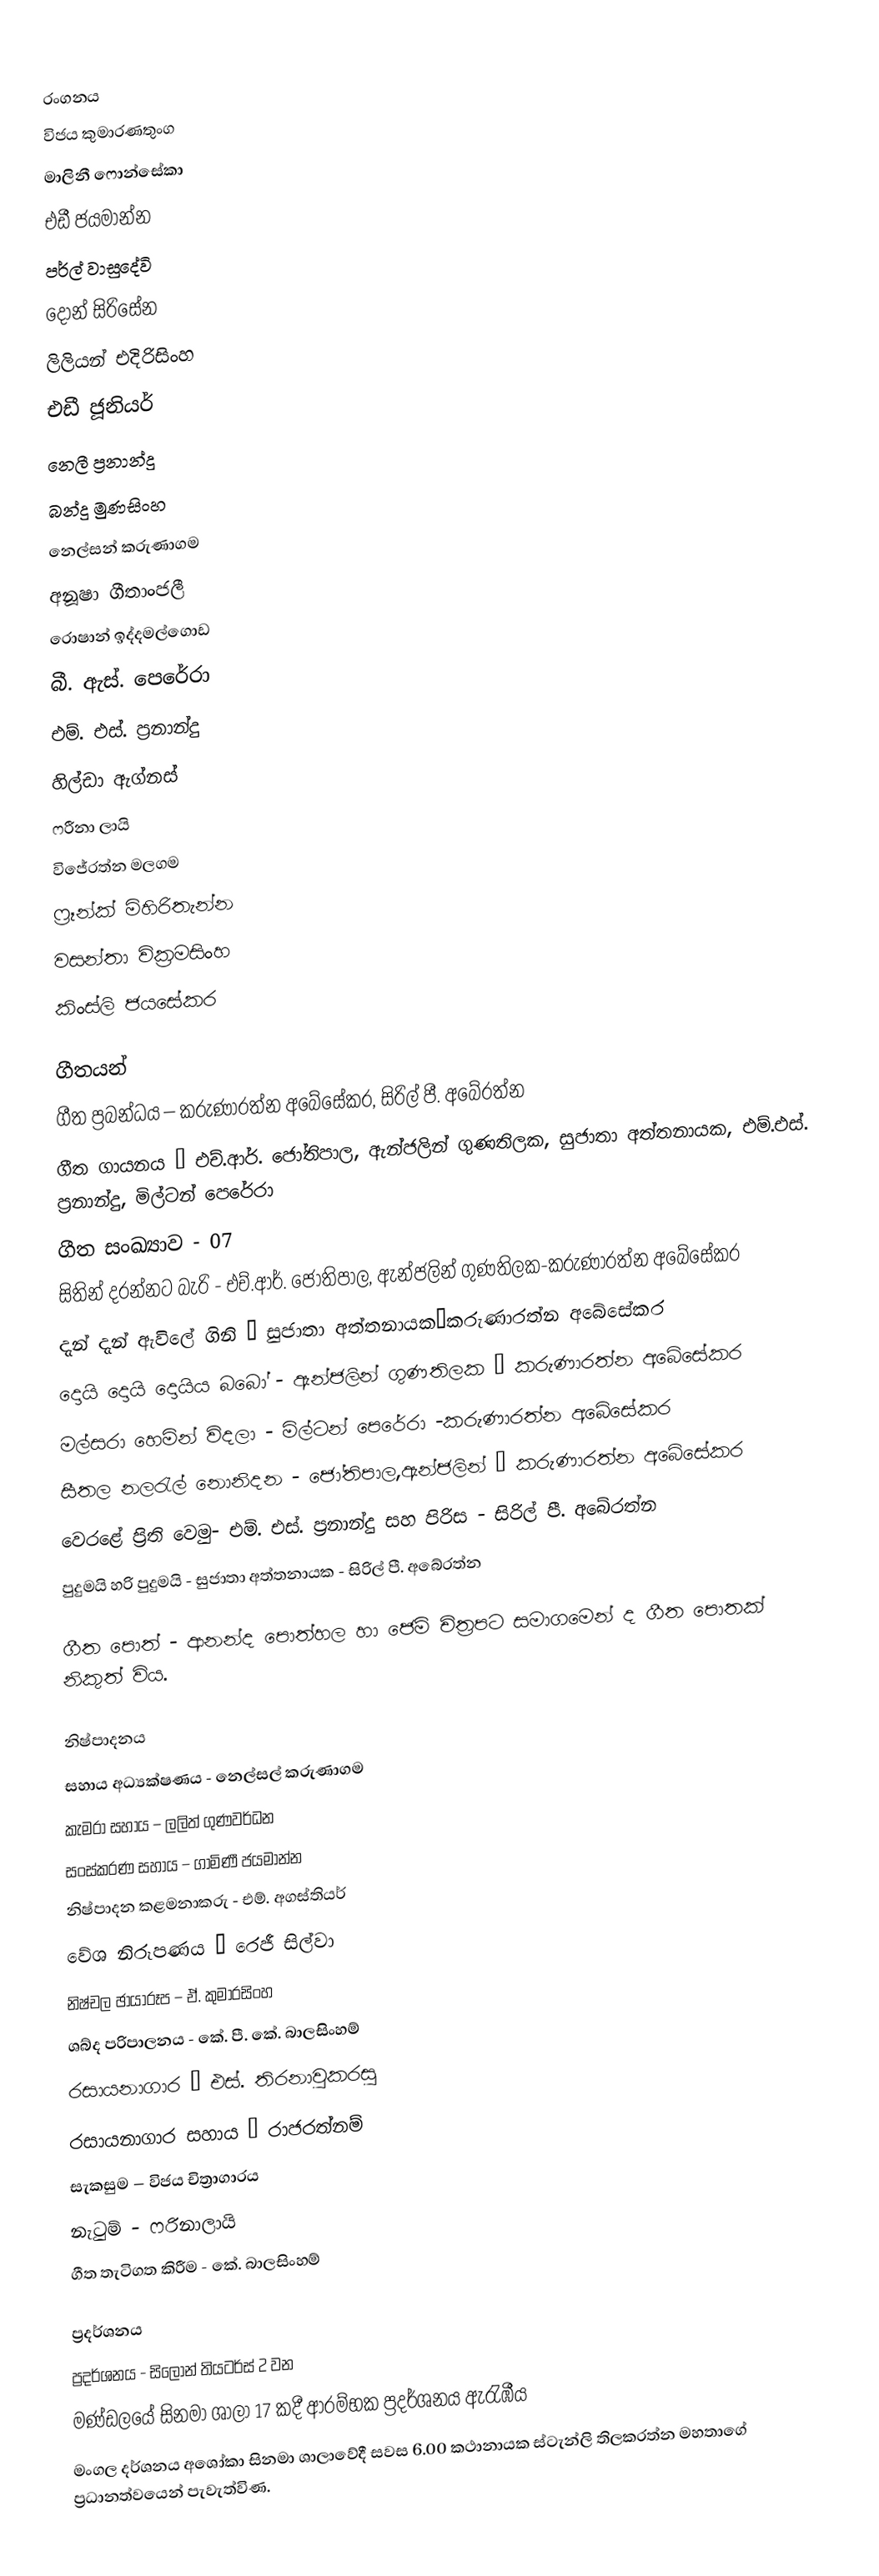

රංගනය
විජය කුමාරණතුංග
මාලිනී ෆොන්සේකා
එඩී ජයමාන්න
පර්ල් වාසුදේවි
දොන් සිරිසේන
ලිලියන් එදිරිසිංහ
එඩී ජූනියර්
නෙලී ප්‍රනාන්දු
බන්දු මුණසිංහ
නෙල්සන් කරුණාගම
අනූෂා ගීතාංජලී
රොෂාන් ඉද්දමල්ගොඩ
බී. ඇස්. පෙරේරා
එම්. එස්. ප්‍රනාන්දු
හිල්ඩා ඇග්නස්
ෆරීනා ලායි
විජේරත්න මලගම
ෆ්‍රෑන්ක් මිහිරිතැන්න
වසන්තා වික්‍රමසිංහ
කිංස්ලි ජයසේකර

ගීතයන්
ගීත ප්‍රබන්ධය – කරුණාරත්න අබේසේකර, සිරිල් පී. අබේරත්න
ගීත ගායනය – එච්.ආර්. ජෝතිපාල, ඇන්ජලින් ගුණතිලක, සුජාතා අත්තනායක, එම්.එස්. ප්‍රනාන්දු, මිල්ටන් පෙරේරා
ගීත සංඛ්‍යාව - 07
සිතින් දරන්නට බැරි - එච්.ආර්. ජෝතිපාල, ඇන්ජලින් ගුණතිලක-කරුණාරත්න අබේසේකර
දැන් දැන් ඇවිලේ ගිනි – සුජාතා අත්තනායක–කරුණාරත්න අබේසේකර
දොයි දොයි දොයිය බබෝ - ඇන්ජලින් ගුණතිලක – කරුණාරත්න අබේසේකර
මල්සරා හෙමින් විදලා - මිල්ටන් පෙරේරා -කරුණාරත්න අබේසේකර
සීතල නලරැල් නොනිදන - ජෝතිපාල,ඇන්ජලින් – කරුණාරත්න අබේසේකර
වෙරළේ ප්‍රිති වෙමු- එම්. එස්. ප්‍රනාන්දු සහ පිරිස - සිරිල් පී. අබේරත්න
පුදුමයි හරි පුදුමයි - සුජාතා අත්තනායක - සිරිල් පී. අබේරත්න

ගීත පොත් - ආනන්ද පොත්හල හා ජෙම් චිත්‍රපට සමාගමෙන් ද ගීත පොතක් නිකුත් විය.

නිෂ්පාදනය
සහාය අධ්‍යක්ෂණය - නෙල්සල් කරුණාගම
කැමරා සහාය – ලලිත් ගුණවර්ධන
සංස්කරණ සහාය – ගාමිණී ජයමාන්න
නිෂ්පාදන කළමනාකරු - එම්. අගස්තියර්
වේශ නිරූපණය – රෙජී සිල්වා
නිෂ්චල ඡායාරූප – ඒ. කුමාරසිංහ
ශබ්ද පරිපාලනය - කේ. පී. කේ. බාලසිංහම්
රසායනාගාර – එස්. තිරනාවුකරසු
රසායනාගාර සහාය – රාජරත්නම්
සැකසුම – විජය චිත්‍රාගාරය
නැටුම් - ෆරිනාලායි
ගීත තැටිගත කිරීම - කේ. බාලසිංහම්

ප්‍රදර්ශනය
ප්‍රදර්ශනය - සිලෝන් තියටර්ස් 2 වන
මණ්ඩලයේ සිනමා ශාලා 17 කදී ආරම්භක ප්‍රදර්ශනය ඇරැඹීය
මංගල දර්ශනය අශෝකා සිනමා ශාලාවේදී සවස 6.00 කථානායක ස්ටැන්ලි තිලකරත්න මහතාගේ ප්‍රධානත්වයෙන් පැවැත්විණ.